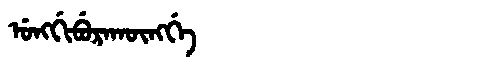
Manchu: ᡠᠩᡤᡳᠪᡠᡵᠠᡴᡡᠩᡤᡝ
Romanization: UNGGIBURAKŪNGGE